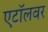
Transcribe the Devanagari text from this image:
एटॉलवर